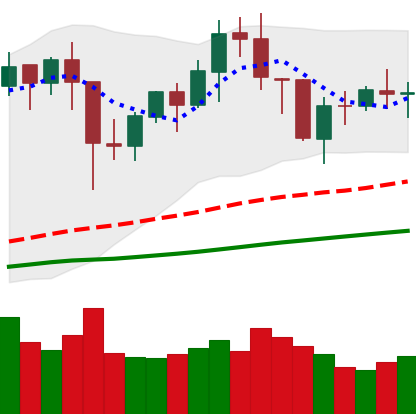
Ticker: BNB-USD
Chart end date: 2021-01-26
Forward return: 6.191%
Label: up_5_7